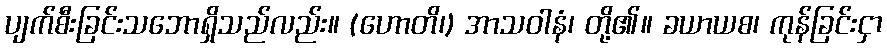
ပျက်စီးခြင်းသဘောရှိသည်လည်း။ (ဟောတိ၊) အာသဝါနံ၊ တို့၏။ ခယာယစ၊ ကုန်ခြင်းငှာ